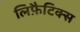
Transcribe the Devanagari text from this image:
लिफ़ैटिक्स